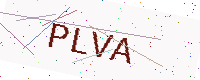
Text: PLVA